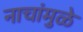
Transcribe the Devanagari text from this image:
नाचांमुळे